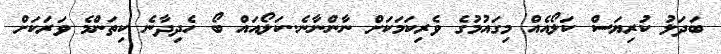
ބަދަލު ކުރިޔަސް ކަލޯއެއް މިގައުމުގެ ވެރިކަމަކަށް ނާންނާނެ..ކަލޯއައް ބޯ ހެދިދާނެ ކިތަންމެ ވަރަކަށް